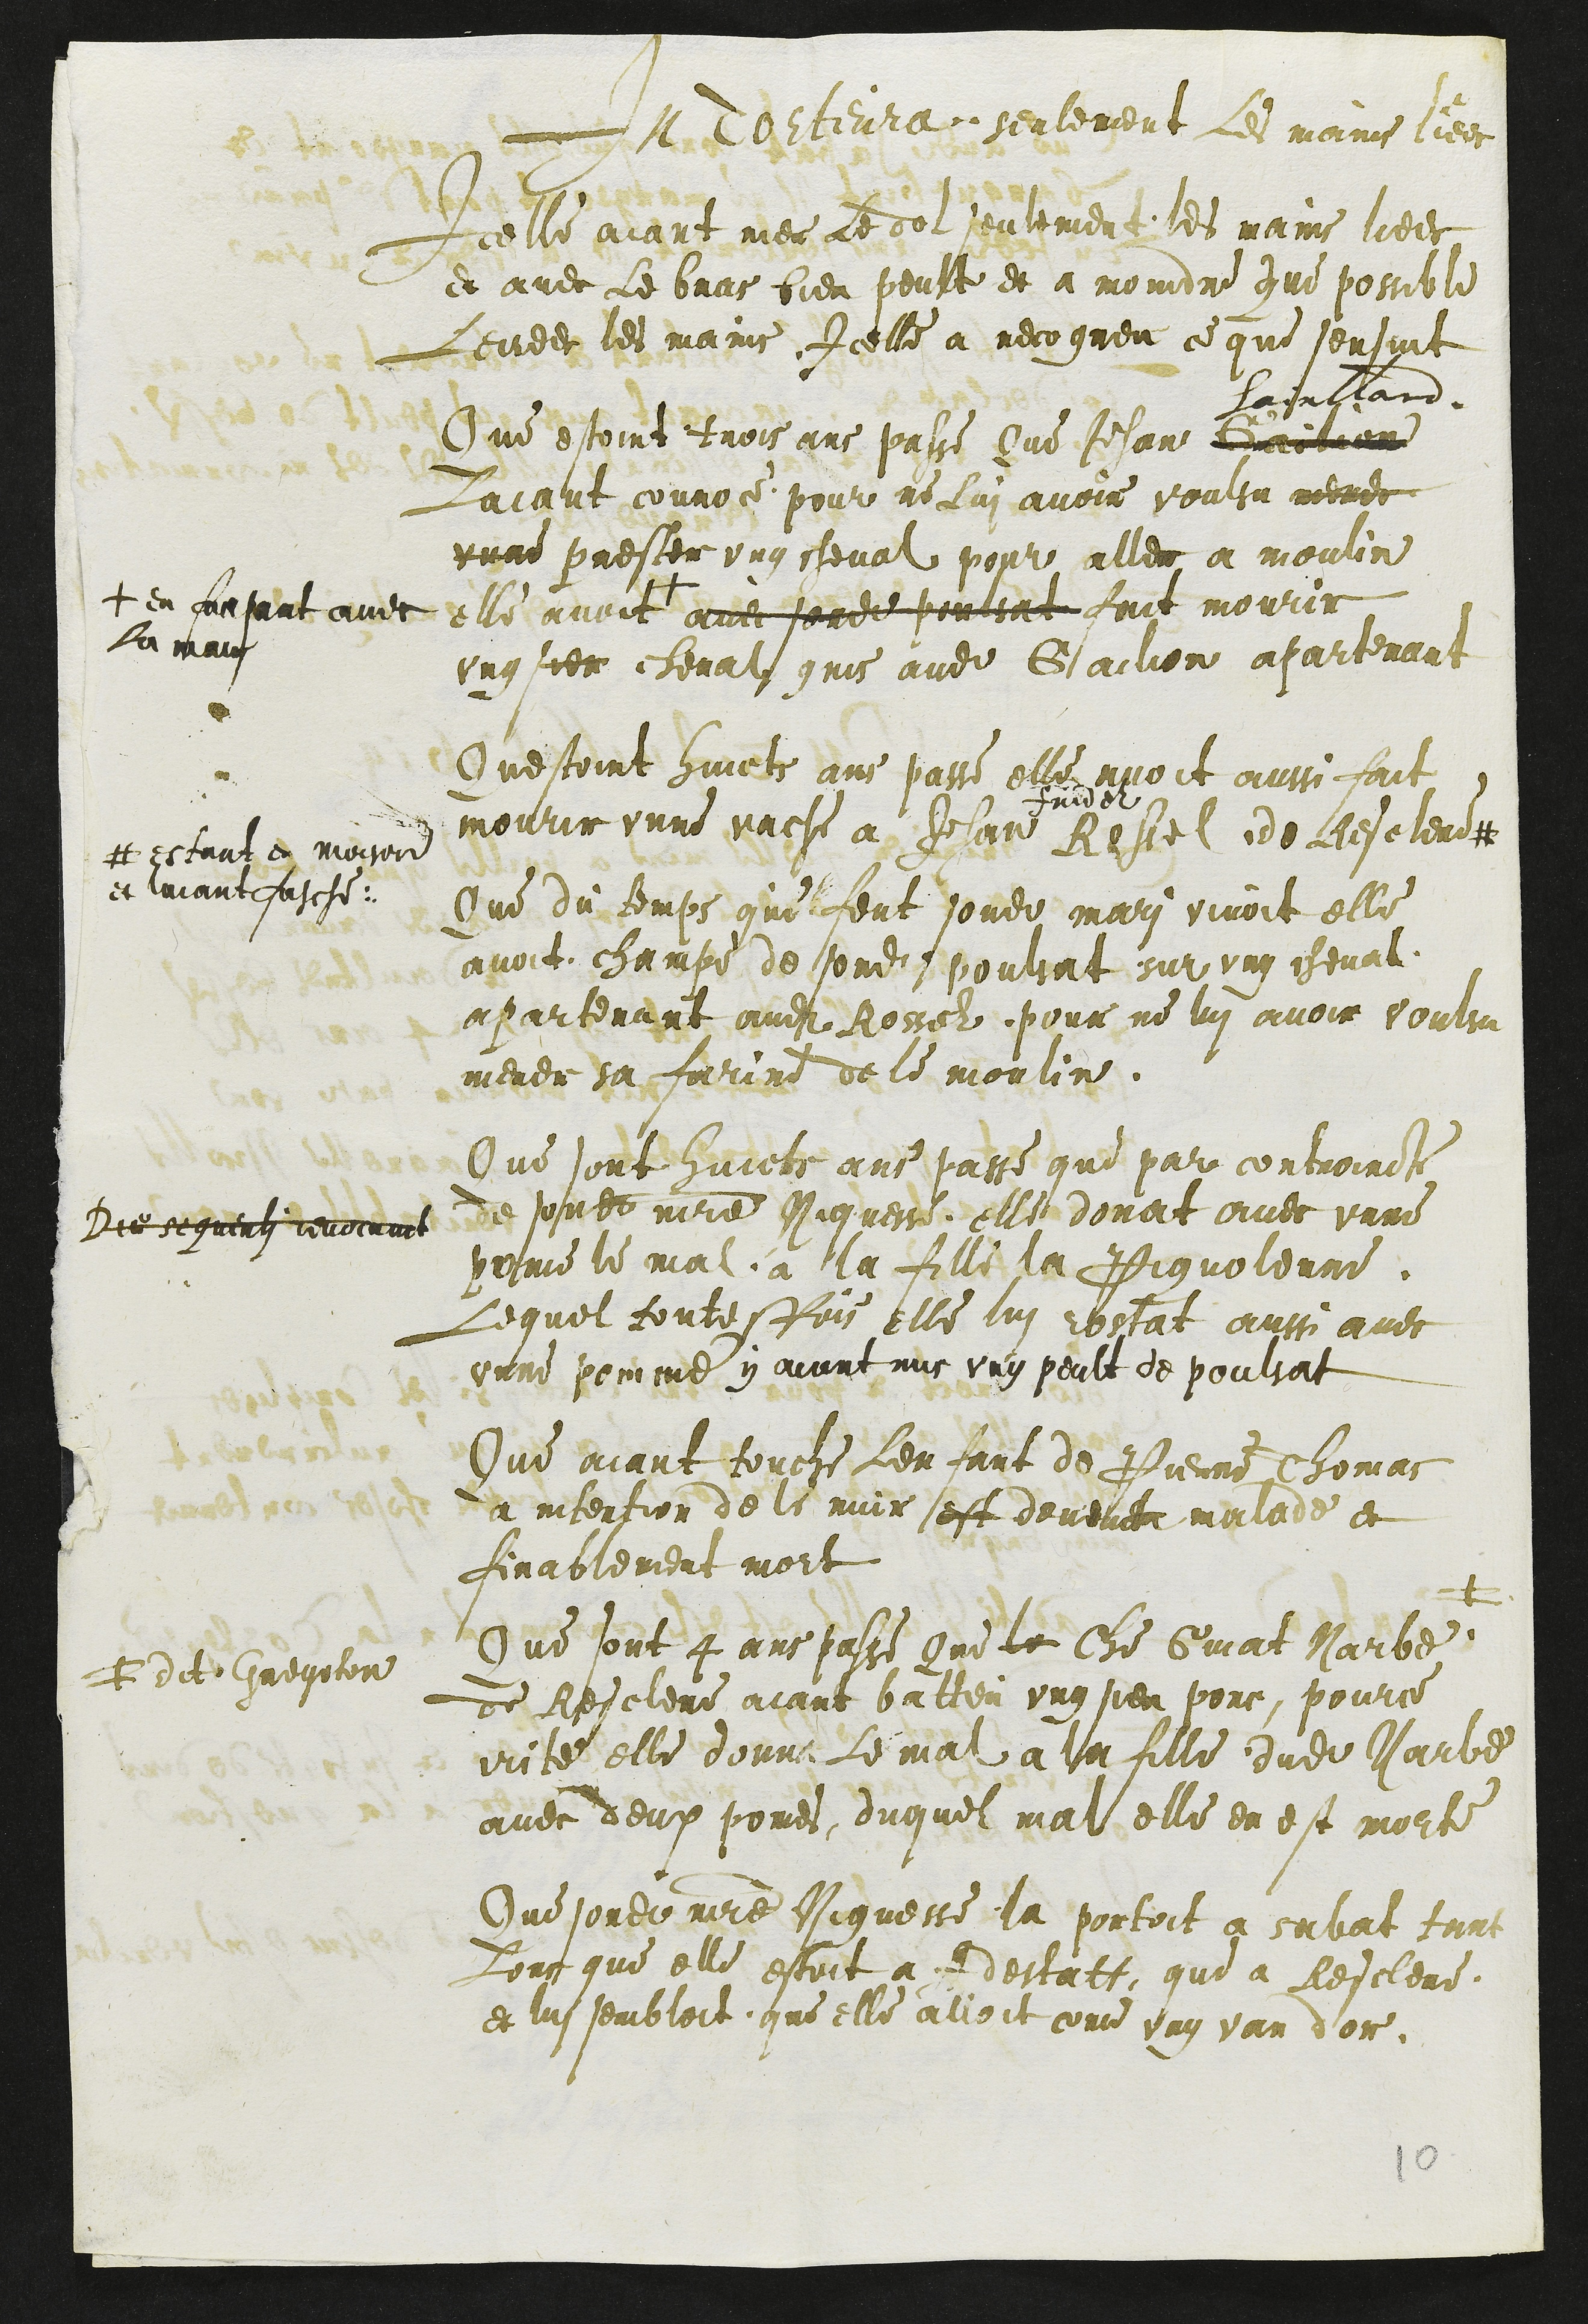
In Torteura: seulement Les main liees
Icelle aiant nier le dol seulement les mains liees
et avec Le bras bien peult et a moindre que possible
Levees les mains Icelle a recogneu ce que sensuit
Que estoint trois ans passe Que Jehan Gailion
Sainllard
Laiant couroce pour ne Lui avoir voulsu mener
unne prester ung cheval pour aller a moulin
elle avoit +
+ en frapant avec
la main
avec sondit poulsat fait mourir
ung sien cheval gris audit Gailion apartenant
Questoint huicts ans passe elle avoit aussi fait
mourir unne vache a Jehan
Fridez
Ressel de Resclere #
#estant en moisson
et laiant fasche.
Que du temps que feut sondit mari vivoit elle
avoit champe de sondit poulsat sur ung cheval
apartenant audit Rossel pour ne lui avoir voulsu
mener sa farine de le moulin.
Que sont huicts ans passe que par controincte
de sondit maitre Niquesse, elle donat avec unne
pome le mal a la fille la Piquolonne.
Lequel toutesfois elle lui rostat aussi avec
unne pomme y aiant mis ung peult de poulsat
Die sequenti revocavit
Que aiant touche Lenfant de Pierre Thomas
a intention de le nuir est devenct malade et
finablement mort
Que sont 4 ans passe Que le che Guiat Narbe +
+ dit Gregeton
de Resclere aiant batteu ung sien porc, pource
irite elle donna Le mal a la fille dudit Narbe
avec deux pomes, duquel mal elle en est morte
Que sondit maitre Niquesse la portoit a sabat tant
Lors que elle estoit a Adestatt, que a Resclere
et lui sembloit que elle alioit come van dor.